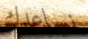
نساعدك